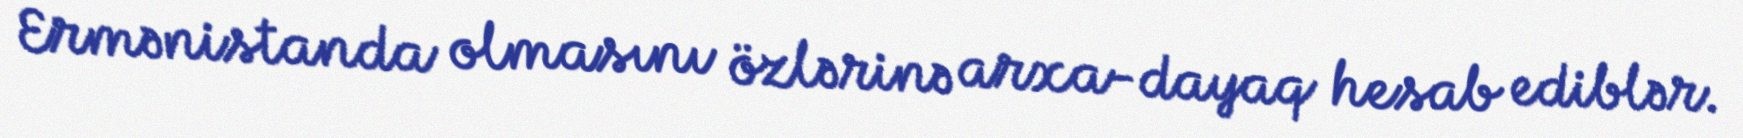
Ermənistanda olmasını özlərinə arxa-dayaq hesab ediblər.